Document type: Grant of rights
Year: 1280
Scribe: Pere Marc
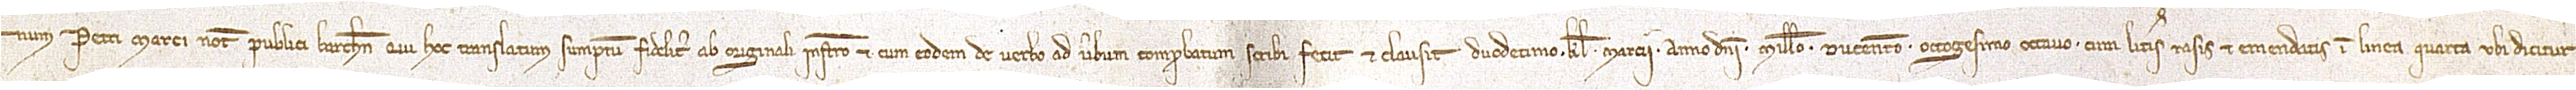
num Petri Marci, notarii publici Barchinone, qui hoc translatum sumptum fideliter ab originali instrumento et cum eodem de verbo ad verbum comprobatum scribi fecit et clausit duodecimo kalendas marcii, anno Domini millesimo ducentesimo octogesimo octavo, cum literis rasis et emendatis in linea quarta, ubi dicitur